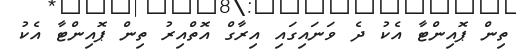
ތިން ޕޮއިންޓާ އެކު ދެ ވަނައިގައި އިރާގް އޮތްއިރު ތިން ޕޮއިންޓާ އެކު